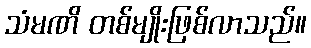
သံမဏိ တစ်မျိုးဖြစ်လာသည်။